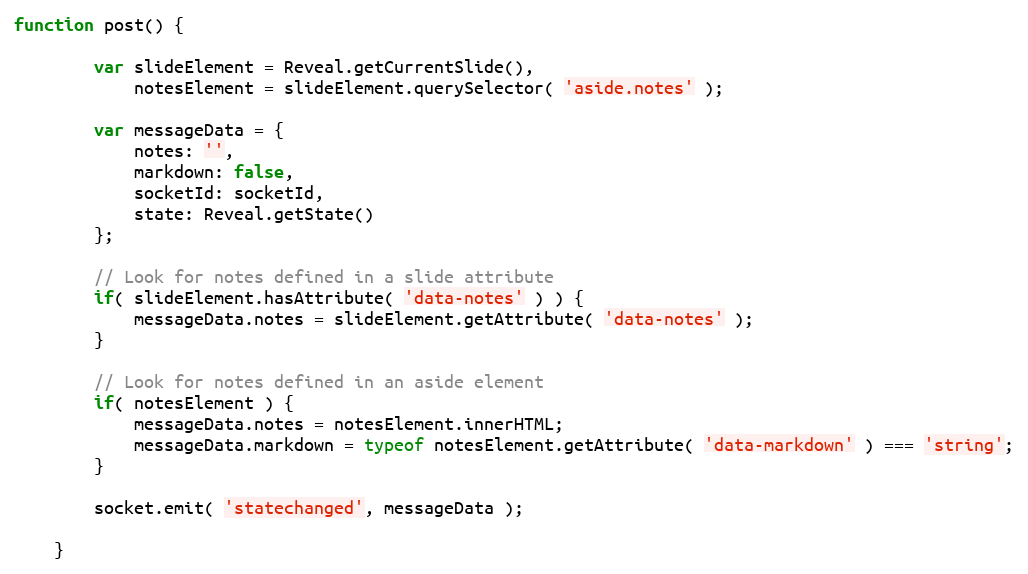
Language: JavaScript
function post() {

		var slideElement = Reveal.getCurrentSlide(),
			notesElement = slideElement.querySelector( 'aside.notes' );

		var messageData = {
			notes: '',
			markdown: false,
			socketId: socketId,
			state: Reveal.getState()
		};

		// Look for notes defined in a slide attribute
		if( slideElement.hasAttribute( 'data-notes' ) ) {
			messageData.notes = slideElement.getAttribute( 'data-notes' );
		}

		// Look for notes defined in an aside element
		if( notesElement ) {
			messageData.notes = notesElement.innerHTML;
			messageData.markdown = typeof notesElement.getAttribute( 'data-markdown' ) === 'string';
		}

		socket.emit( 'statechanged', messageData );

	}